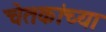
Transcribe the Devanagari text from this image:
चेतकांच्या